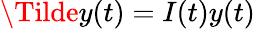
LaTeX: \Tilde y(t)=I(t)y(t)